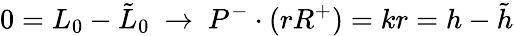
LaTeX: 0=L_{0}-\tilde{L}_{0}~\rightarrow~P^{-}\cdot(rR^{+})=kr=h-\tilde{h}